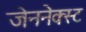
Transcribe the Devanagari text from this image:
जेननेक्स्ट